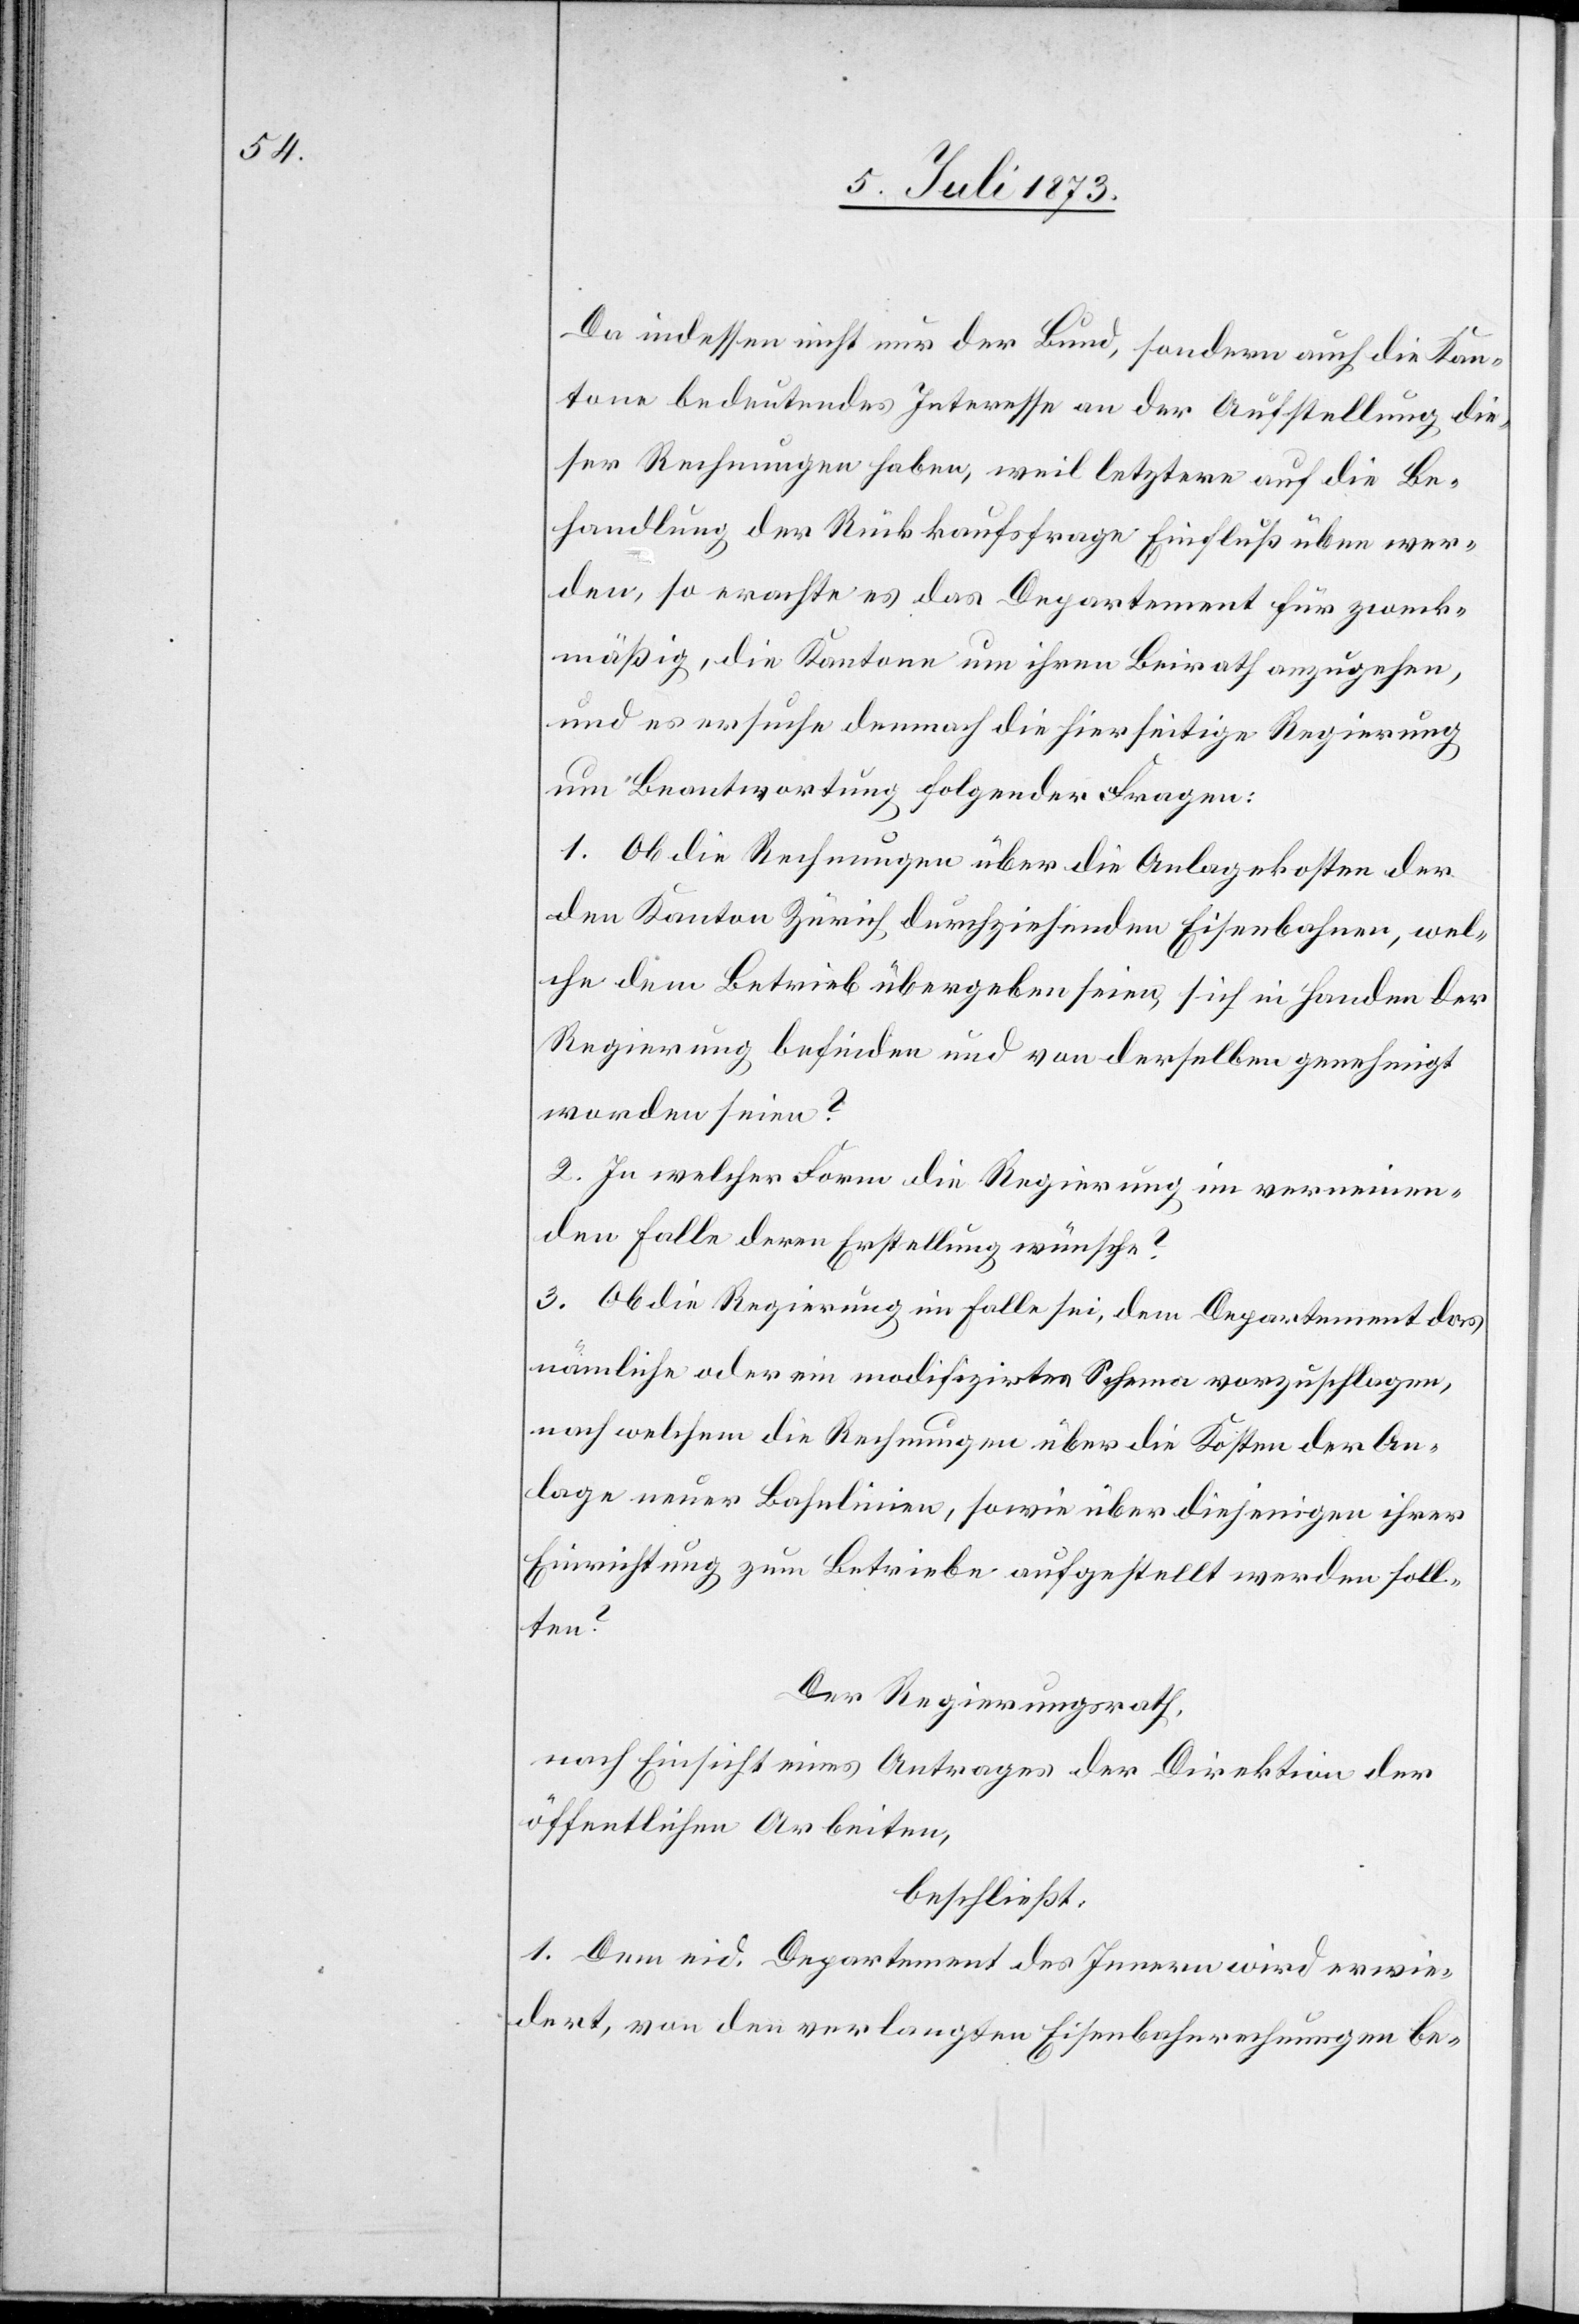
Da indessen nicht nur der Bund, sondern auch die Kan¬
tone bedeutendes Interesse an der Aufstellung die¬
ser Rechnungen haben, weil letztere auf die Be¬
handlung der Rückkaufsfrage Einfluß üben wer¬
den, so erachte es das Departement für zweck¬
mäßig, die Kantone um ihren Beirath anzugehen,
und es ersuche demnach die hierseitige Regierung
um Beantwortung folgender Fragen:
1. Ob die Rechnungen über die Anlagekosten der
den Kanton Zürich durchziehenden Eisenbahnen, wel¬
che dem Betrieb übergeben seien, sich in Handen der
Regierung befinden und von derselben genehmigt
worden seien?
2. In welcher Form die Regierung im verneinen¬
den Falle deren Erstellung wünsche?
3. Ob die Regierung im Falle sei, dem Departement das
nämliche oder ein modifizirtes Schema vorzuschlagen,
nach welchem die Rechnungen über die Kosten der An¬
lage neuer Bahnlinien, sowie über diejenigen ihrer
Einrichtung zum Betriebe aufgestellt werden soll¬
ten?
Der Regierungsrath,
nach Einsicht eines Antrages der Direktion der
öffentlichen Arbeiten,
beschließt:
1. Dem eid. Departement des Innern wird erwie¬
dert, von den verlangten Eisenbahnrechnungen be-